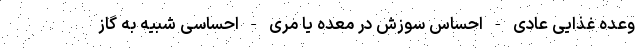
وعده غذایی عادی - احساس سوزش در معده یا مری - احساسی شبیه به گاز